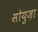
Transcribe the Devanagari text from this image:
सोयुज़ा